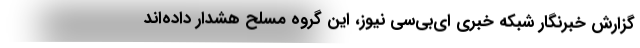
گزارش خبرنگار شبکه خبری ای‌بی‌سی نیوز، این گروه مسلح هشدار داده‌اند